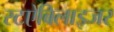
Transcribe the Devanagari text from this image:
स्टऐबिलाइजर